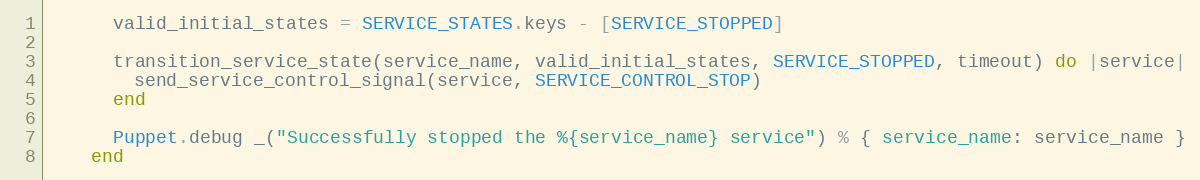
Language: Ruby
      valid_initial_states = SERVICE_STATES.keys - [SERVICE_STOPPED]

      transition_service_state(service_name, valid_initial_states, SERVICE_STOPPED, timeout) do |service|
        send_service_control_signal(service, SERVICE_CONTROL_STOP)
      end

      Puppet.debug _("Successfully stopped the %{service_name} service") % { service_name: service_name }
    end